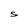
Character: 5